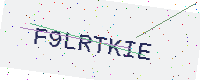
Text: F9LRTKIE